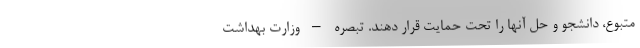
متبوع، دانشجو و حل آنها را تحت حمایت قرار دهند. تبصره – وزارت بهداشت